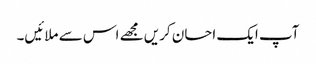
آپ ایک احسان کریں مجھے اس سے ملائیں۔